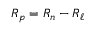
{ \boldsymbol { R _ { p } } } = { \boldsymbol { R _ { n } } } - { \boldsymbol { R _ { \ell } } }